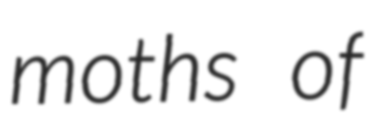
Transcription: moths of